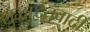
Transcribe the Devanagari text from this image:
शुद्धाद्वैतवादी